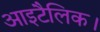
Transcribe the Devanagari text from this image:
आइटैलिक।